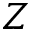
Z